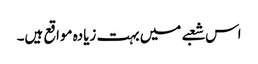
اس شعبے میں بہت زیادہ مواقع ہیں۔